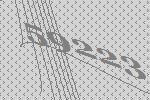
59223